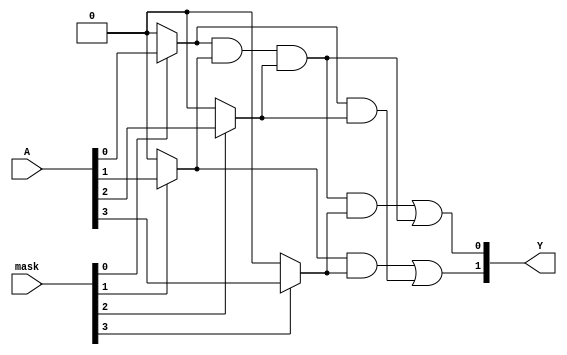
module MaskedPAL (
    input wire [3:0] A,      // 4 input signals
    input wire [3:0] mask,   // Mask signals for AND gates
    output wire [1:0] Y      // 2 output signals
);

// Internal signals for AND gate outputs
wire [3:0] and_out;

// Programmable AND array
assign and_out[0] = (mask[0] ? A[0] : 1'b0) & (mask[1] ? A[1] : 1'b0) & (mask[2] ? A[2] : 1'b0) & (mask[3] ? A[3] : 1'b0);
assign and_out[1] = (mask[0] ? A[0] : 1'b0) & (mask[1] ? A[1] : 1'b0) & (mask[2] ? A[2] : 1'b0);
assign and_out[2] = (mask[1] ? A[1] : 1'b0) & (mask[3] ? A[3] : 1'b0);
assign and_out[3] = (mask[0] ? A[0] : 1'b0) & (mask[2] ? A[2] : 1'b0);

// Fixed OR array
assign Y[0] = and_out[0] | and_out[1]; // Output 1
assign Y[1] = and_out[2] | and_out[3]; // Output 2

endmodule